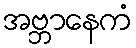
အဗ္ဘာနေကံ